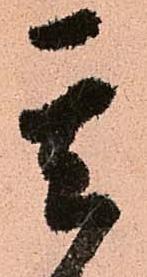
其